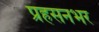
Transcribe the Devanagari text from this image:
प्रहसनभर